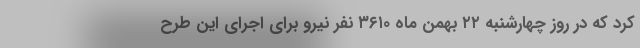
کرد که در روز چهارشنبه ۲۲ بهمن ماه ۳۶۱۰ نفر نیرو برای اجرای این طرح